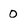
Character: 0